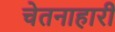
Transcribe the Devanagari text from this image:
चेतनाहारी